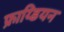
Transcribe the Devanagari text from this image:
फ्राय्डियन